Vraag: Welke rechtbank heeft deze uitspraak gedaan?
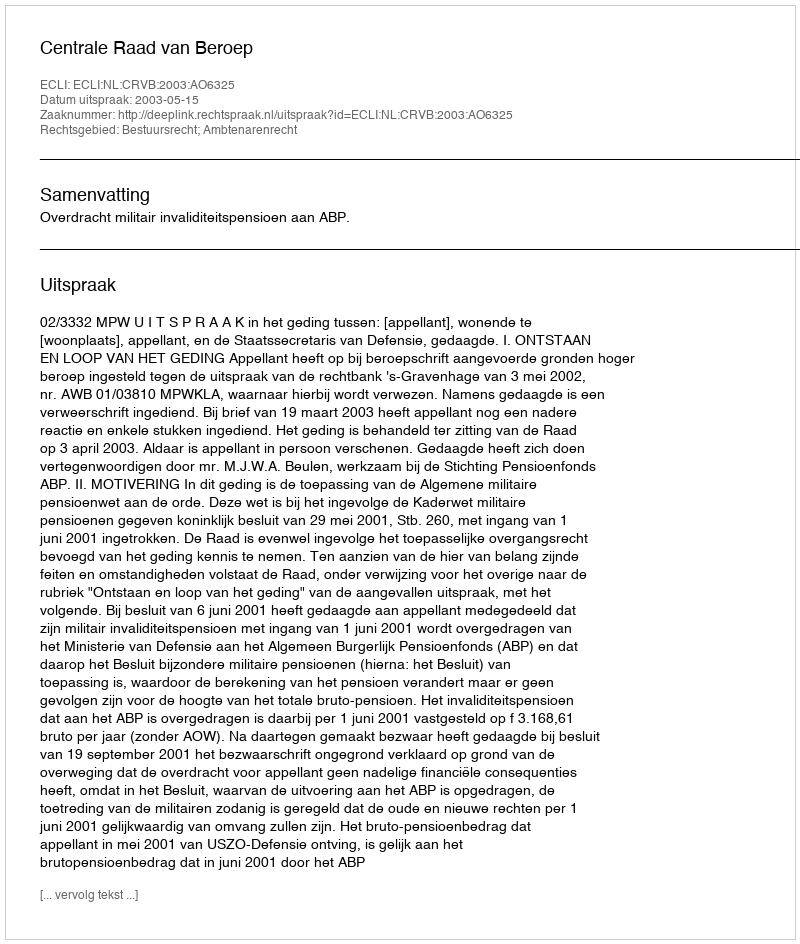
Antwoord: Centrale Raad van Beroep